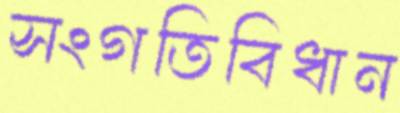
সংগতিবিধান